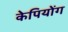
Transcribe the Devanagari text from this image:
केपियोंग